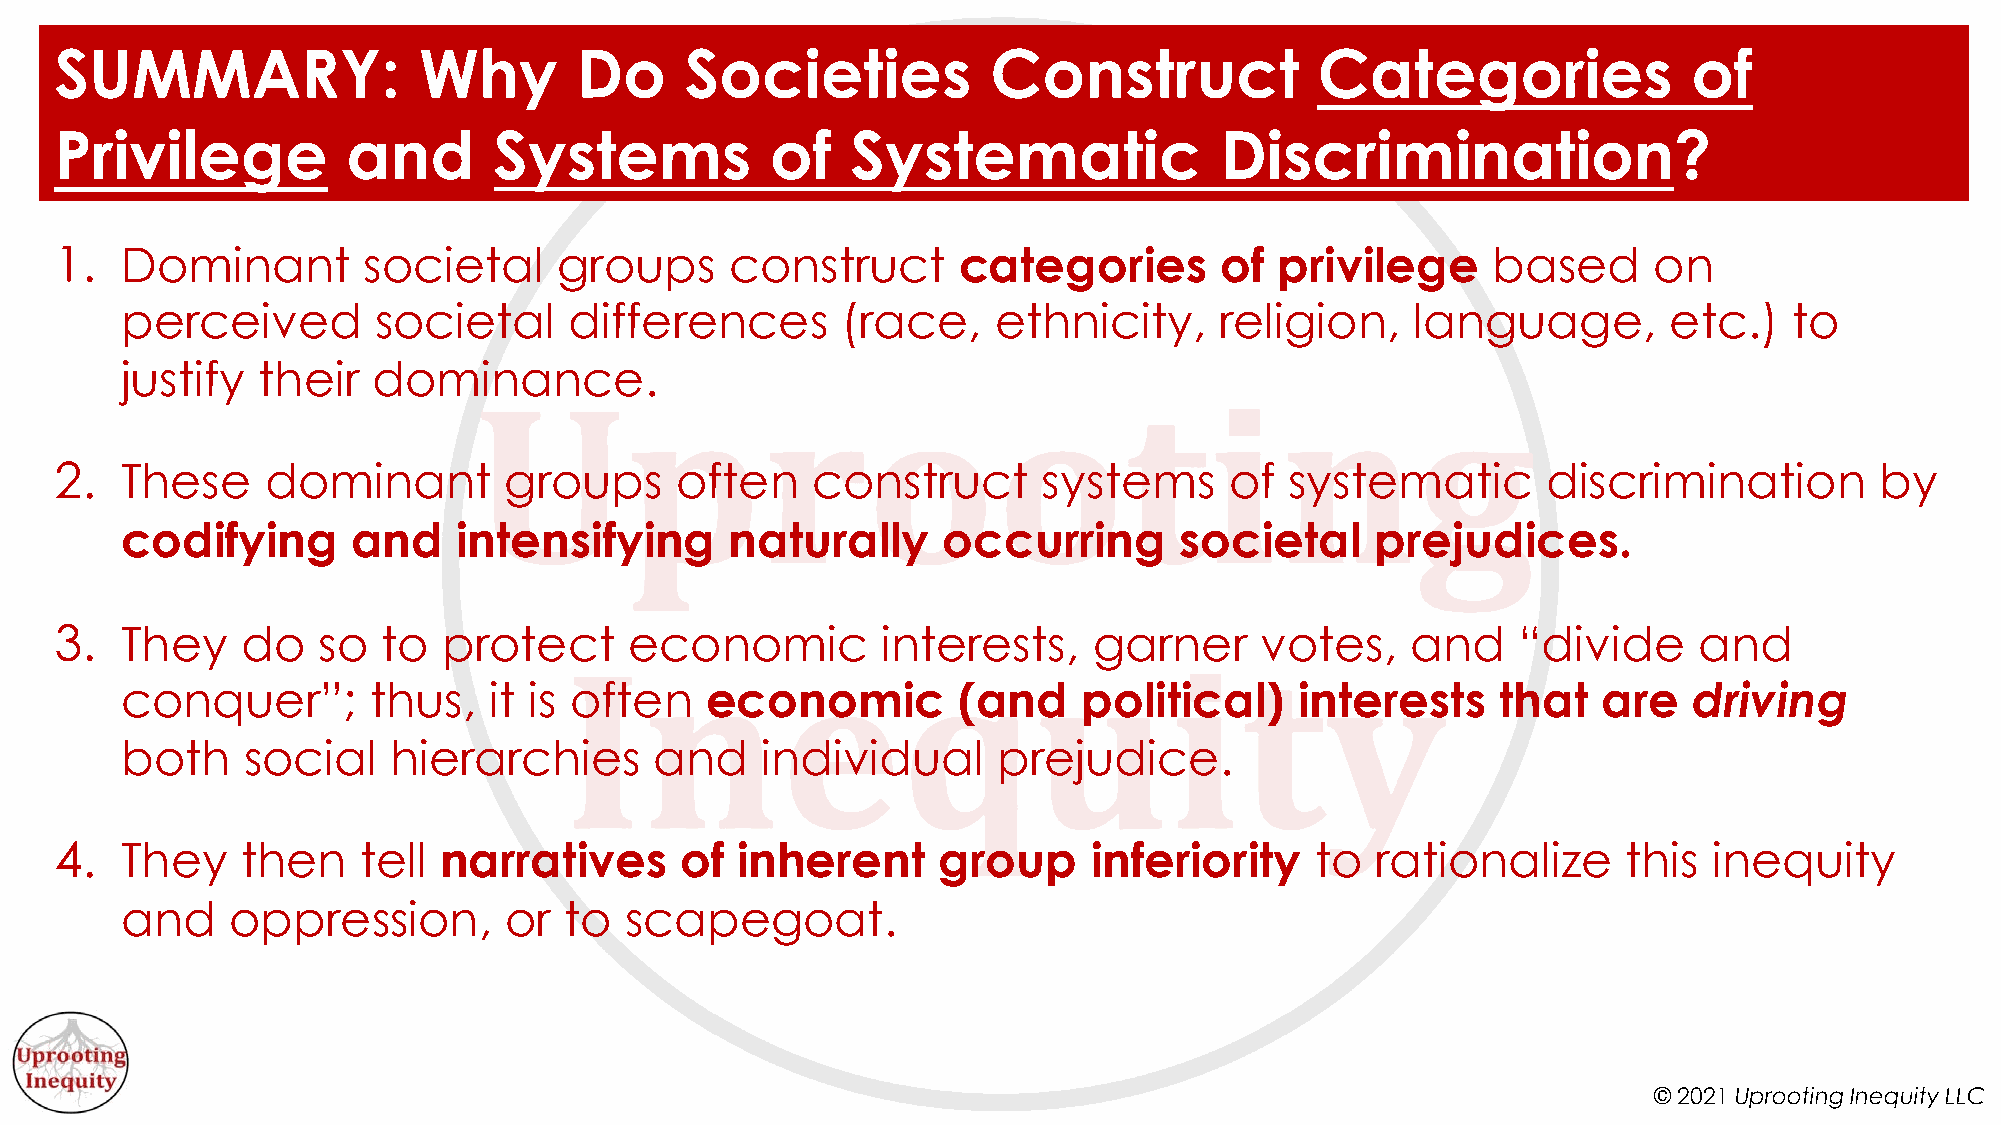
SUMMARY:                Why       Do     Societies            Construct            Categories               of
 Privilege          and       Systems           of   Systematic               Discrimination?
 1.  Dominant        societal     groups     construct      categories        of  privilege     based     on
 perceived        societal     differences       (race,    ethnicity,     religion,    language,       etc.)    to
 justify  their   dominance.
 2.  These     dominant       groups      often    construct      systems     of  systematic       discrimination        by
 codifying      and    intensifying      naturally     occurring       societal     prejudices.
 3.  They    do   so  to  protect      economic        interests,    garner     votes,    and    “divide     and
 conquer”;       thus,   it is often    economic        (and     political)    interests    that   are   driving
 both    social    hierarchies      and    individual      prejudice.
 4.  They    then    tell narratives      of  inherent     group     inferiority    to  rationalize      this inequity
 and    oppression,       or  to  scapegoat.
 © 2021 Uprooting Inequity LLC